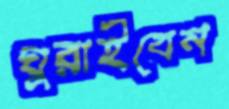
ঘুরাইবেন